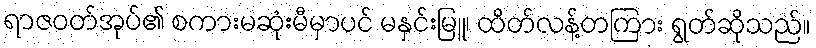
ရာဇဝတ်အုပ်၏ စကားမဆုံးမီမှာပင် မနှင်းမြူ၊ ထိတ်လန့်တကြား ရွတ်ဆိုသည်။